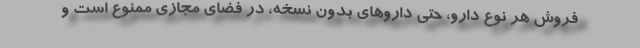
فروش هر نوع دارو، حتی داروهای بدون نسخه، در فضای مجازی ممنوع است و